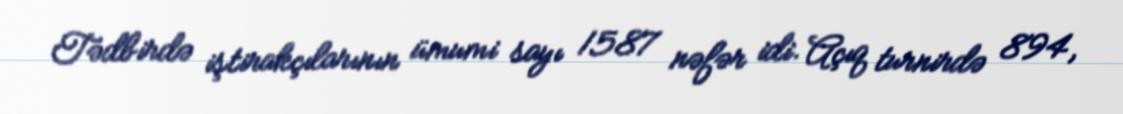
Tədbirdə iştirakçılarının ümumi sayı 1587 nəfər idi. Açıq turnirdə 894,